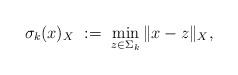
LaTeX: \begin{align*}\sigma_k(x)_X\,\,:=\,\, \min_{z\in \Sigma_k}\|x-z\|_X,\end{align*}